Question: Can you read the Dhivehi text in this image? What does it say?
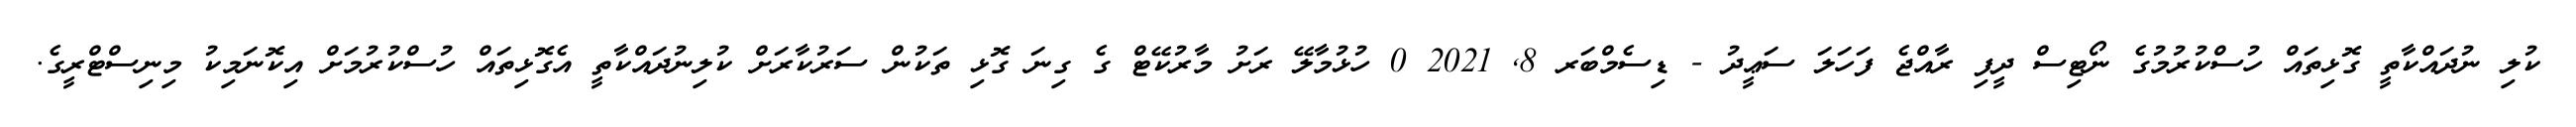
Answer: ކުލި ނުދައްކާތީ ގޮޅިތައް ހުސްކުރުމުގެ ނޯޓިސް ދީފި ރާއްޖެ ފަހަލަ ސަޢީދު - ޑިސެމްބަރ 8, 2021 0 ހުޅުމާލޭ ރަށު މާރުކޭޓް ގެ ގިނަ ގޮޅި ތަކުން ސަރުކާރަށް ކުލިނުދައްކާތީ އެގޮޅިތައް ހުސްކުރުމަށް އިކޮނަމިކު މިނިސްޓްރީގެ.